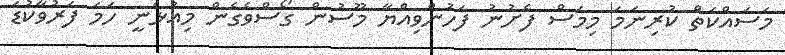
މަސައްކަތް ކުރިނަމަ މިމަސް ފެށުނު ފަހުންވިއްޔާ މޫސުން ގޯސްވެގެން މިއުޅެނީ ހަމަ ފަރުވާކުޑަ